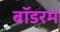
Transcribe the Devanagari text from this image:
बॉडरम